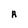
Character: R